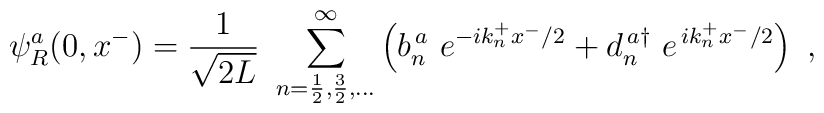
\psi_R^a(0,x^-) = \frac{1}{ \sqrt{2L}}~    \sum_{n= \frac{1}{2}, \frac{3}{2}, \dots}^{\infty}    \left( b_n^{\, a} ~ e^{- i k_n^+ x^- /2 } + d_n^{\, a \dag}~     e^{\, i k_n^+ x^- /2 } \right) ~,